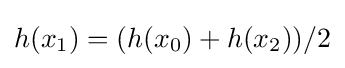
h(x_{1})=(h(x_{0})+h(x_{2}))/2